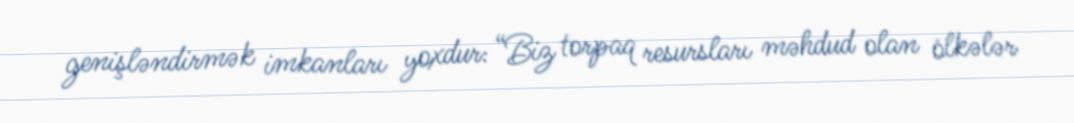
genişləndirmək imkanları yoxdur: “Biz torpaq resursları məhdud olan ölkələr